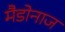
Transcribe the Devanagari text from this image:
मैडोनाज